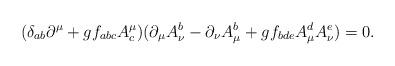
LaTeX: \begin{align*}(\delta_{ab}\partial^\mu+gf_{abc}A^\mu_c)(\partial_\mu A_\nu^b-\partial_\nu A_\mu^b+gf_{bde}A_\mu^d A_\nu^e)=0. \end{align*}